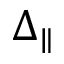
\Delta _ { \parallel }